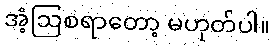
အံ့ဩစရာတော့ မဟုတ်ပါ။